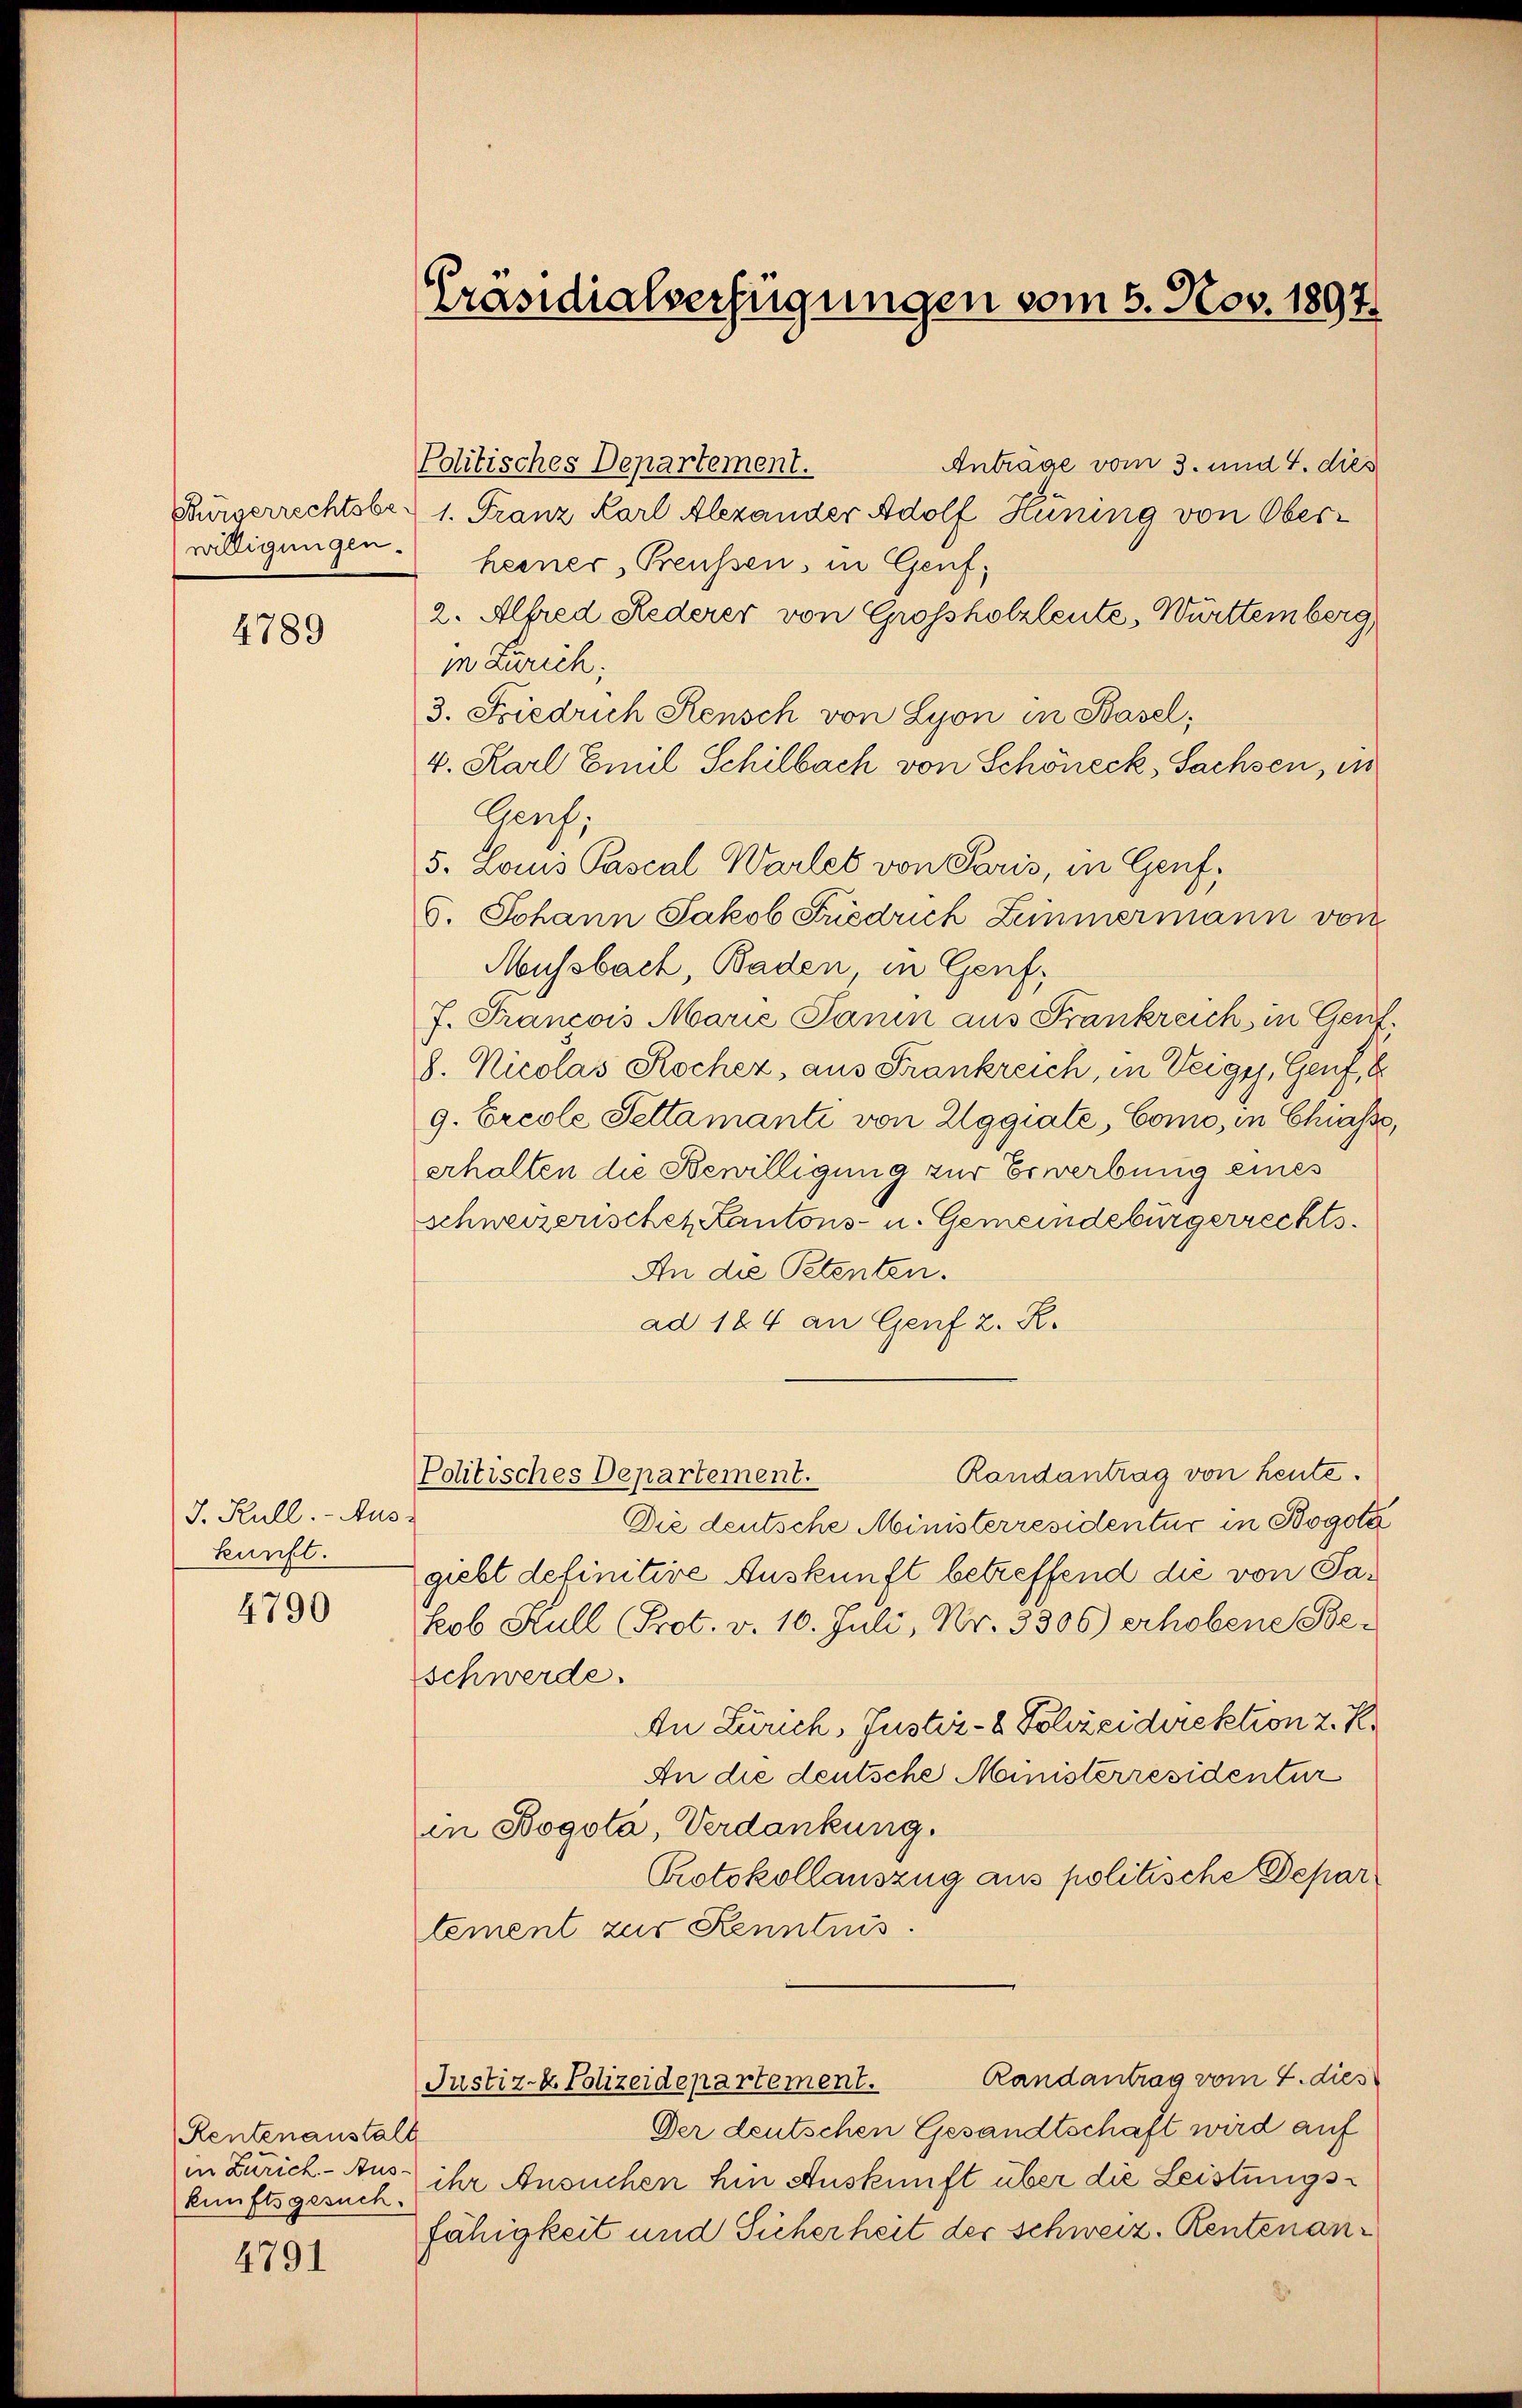
Bürgerrechtsbewilligungen.

4789

J. Kull. - Aus
kunft.

4790

Rentenanstalt
in Zürich. - Aus-
kunftsgesuch.

4791

Präsidialverfügungen vom 6. Nov. 1897.

Anträge vom 3. und 4. dies
Politisches Departement.
1. Franz Karl Alexander Adolf Hüning von Oberheiner, Preußen, in Genf,
2. Alfred Hederer von Grossholzleute, Württemberg
in Zürich;
3. Friedrich Keusch von Lyon in Basel,
v. Karl Emil Schilbach von Schöneck, Sachsen, in
Genf,
5. Louis Pascal Wartes von Paris, in Genf,
S. Johann Jakob Friedrich Zimmermann von
Mussbach, Baden, in Genf,
J. Francois Marie Panin aus Frankreich in Gen
8. Nicolas Kocher, aus Frankreich, in Weiges, Genf,
g. Ercole Pettamanti von Eggiate, Como, in Chasse
erhalten die Bewilligung zur Erwerbung eines
schweizerischen Kantons- u. Gemeindebürgerrechts¬
An die Petenten.
ad 184 an Genf z. R.
Randantrag von heute.
Politisches Departement.
Die deutsche Ministerresidentur in Bogota
giebt definitive Auskunft betreffend die von Pakob Kull (Prot. v. 10. Juli, Nr. 3306) erhobene Be-
schwerde.
In Zürich, Justiz- & Schreidirektion 2. Kr
An die deutsche Ministerresidentur
in Bogota, Verdankung.
Protokollauszug aus politische Departement zur Kenntnis.
Randantrag vom 4. dies
Justiz- & Polizeidepartement.
Der deutschen Gesandtschaft wird auf
ihr Ansuchen hin Auskunft über die Leistungsfähigkeit und Sicherheit der Schweiz. Rentenan¬